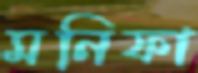
মনিফা